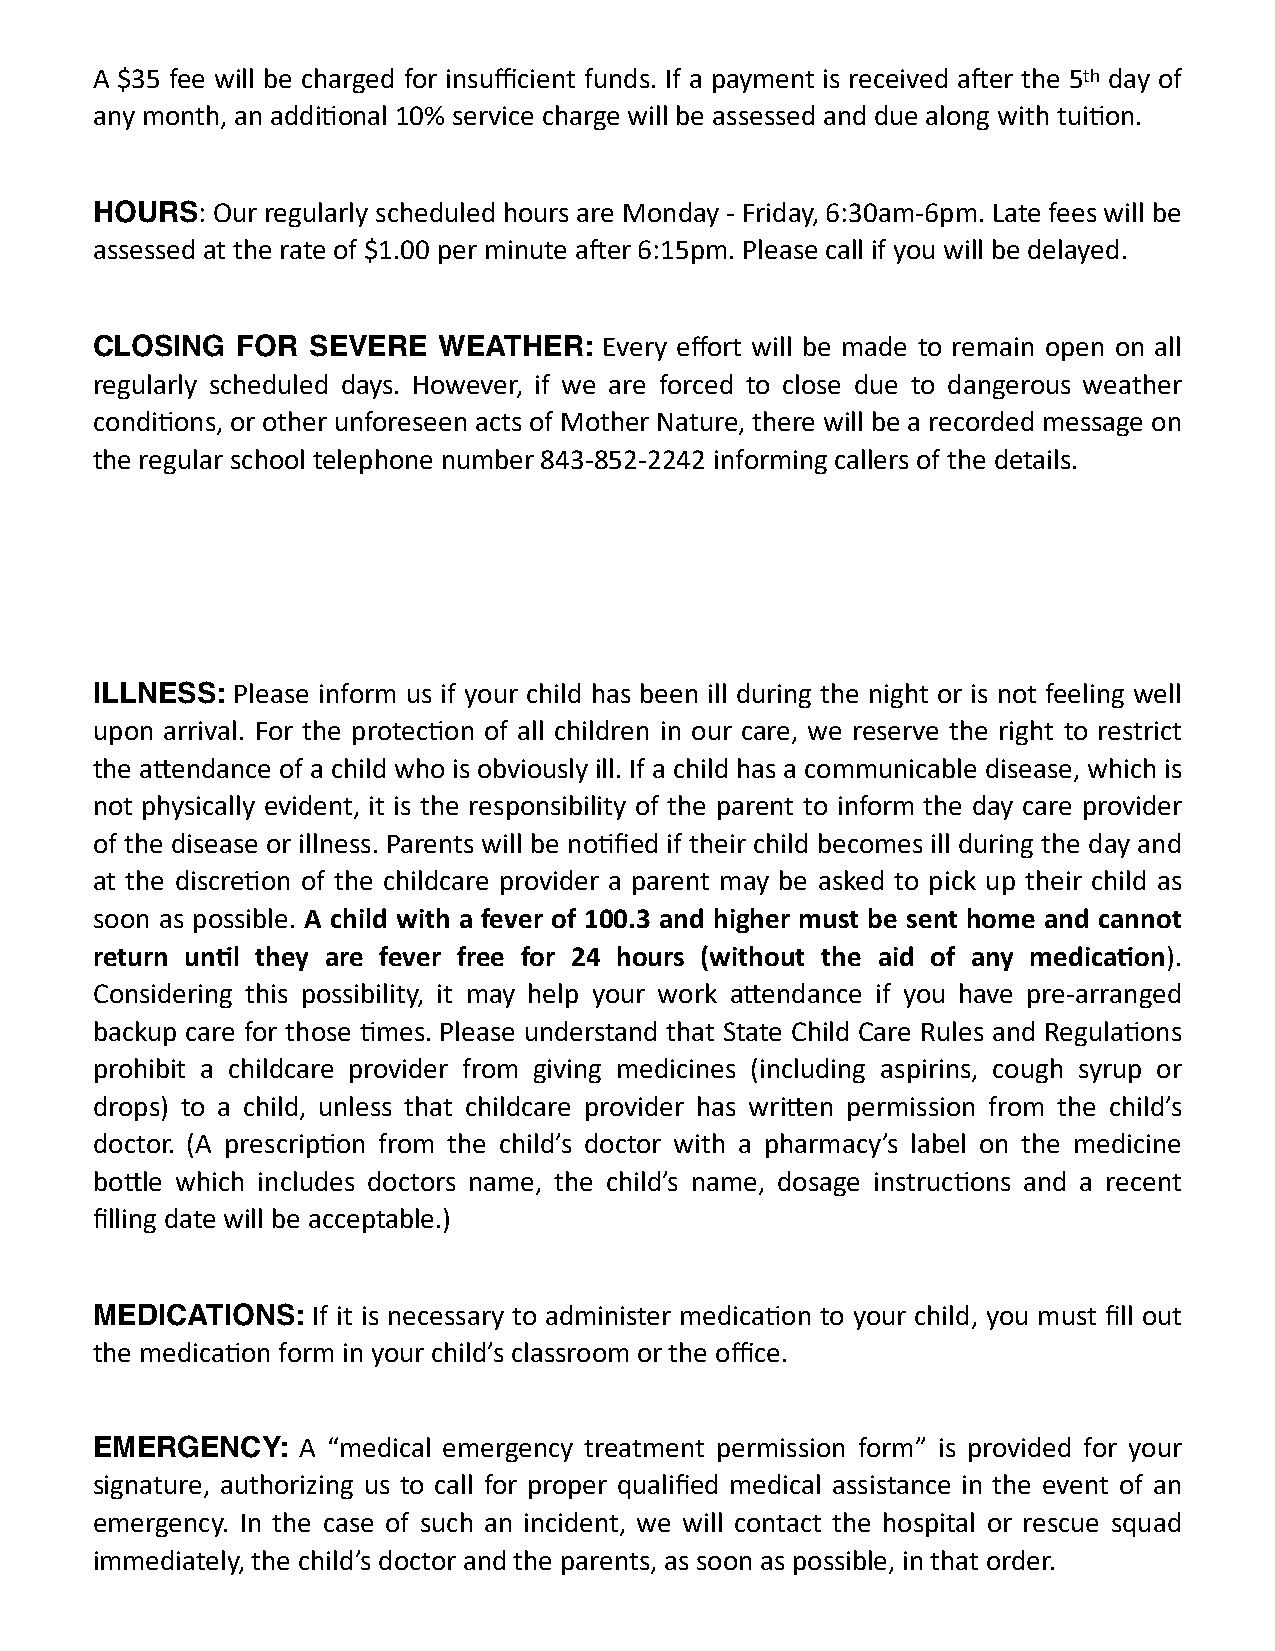
A $35 fee will be charged for insufficient funds. If a payment is received aier the 5th day of
 any month, an addi;onal 10% service charge will be assessed and due along with tui;on.
 HOURS:  Our regularly scheduled hours are Monday - Friday, 6:30am-6pm. Late fees will be
 assessed at the rate of $1.00 per minute aier 6:15pm. Please call if you will be delayed.
 CLOSING   FOR SEVERE   WEATHER:   Every effort will be made to remain open on all
 regularly scheduled days. However, if we are forced to close due to dangerous weather
 condi;ons, or other unforeseen acts of Mother Nature, there will be a recorded message on
 the regular school telephone number 843-852-2242 informing callers of the details.
 ILLNESS: Please inform us if your child has been ill during the night or is not feeling well
 upon arrival. For the protec;on of all children in our care, we reserve the right to restrict
 the agendance of a child who is obviously ill. If a child has a communicable disease, which is
 not physically evident, it is the responsibility of the parent to inform the day care provider
 of the disease or illness. Parents will be no;fied if their child becomes ill during the day and
 at the discre;on of the childcare provider a parent may be asked to pick up their child as
 soon as possible. A child with a fever of 100.3 and higher must be sent home and cannot
 return unDl they are fever free for 24 hours (without the aid of any medicaDon).
 Considering this possibility, it may help your work agendance if you have pre-arranged
 backup care for those ;mes. Please understand that State Child Care Rules and Regula;ons
 prohibit a childcare provider from giving medicines (including aspirins, cough syrup or
 drops) to a child, unless that childcare provider has wrigen permission from the child’s
 doctor. (A prescrip;on from the child’s doctor with a pharmacy’s label on the medicine
 bogle which includes doctors name, the child’s name, dosage instruc;ons and a recent
 filling date will be acceptable.)
 MEDICATIONS:   If it is necessary to administer medica;on to your child, you must fill out
 the medica;on form in your child’s classroom or the office.
 EMERGENCY:    A “medical emergency treatment permission form” is provided for your
 signature, authorizing us to call for proper qualified medical assistance in the event of an
 emergency. In the case of such an incident, we will contact the hospital or rescue squad
 immediately, the child’s doctor and the parents, as soon as possible, in that order.